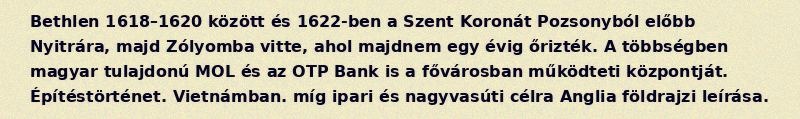
Bethlen 1618–1620 között és 1622-ben a Szent Koronát Pozsonyból előbb Nyitrára, majd Zólyomba vitte, ahol majdnem egy évig őrizték. A többségben magyar tulajdonú MOL és az OTP Bank is a fővárosban működteti központját. Építéstörténet. Vietnámban. míg ipari és nagyvasúti célra Anglia földrajzi leírása.